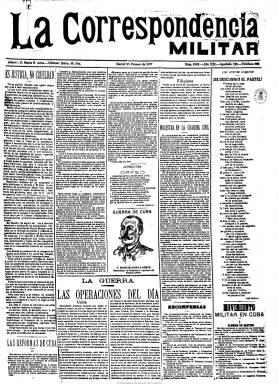
Título: La Correspondencia militar
Colección: Fuerzas armadas || Periódicos
Ámbito geográfico: Madrid
Lugar de publicación: Madrid
Fechas: 25/02/1897-26/03/1932

Se trata de uno de la casi media docena de periódicos con una doble naturaleza, por un lado con un carácter corporativista militar y, por otro, político, que coincidieron durante la Restauración, y que en este caso alcanzará una larga vida y gran influencia en las salas de banderas, hasta su desaparición definitiva en 1932, en plena construcción de la II República española, pero carente ya su título del adjetivo militar. A partir del uno de noviembre de 1877, aparece en días alternos como periódico de la tarde de noticias generales del Ejército y la Armada. Su fundador y primer director es Emilio Prieto y Villarreal (1840-1911), comandante de Caballería afín al Partido Republicano Progresista, que tuvo que abandonar el ejército tras su participación en la sublevación de los generales Villacampa y Melero inspirada por el líder republicano Manuel Zorrilla el 19 de septiembre de 1886.

En números de cuatro páginas y compuesto a cinco columnas, con una estructura formal similar a los periódicos de información general de la época, a finales 1887 adopta ya una frecuencia diaria. Inserta abundantes artículos de fondo, apuntes y notas políticas, crónicas parlamentarias, disposiciones oficiales, información sobre el movimiento del personal de los cuerpos militares, noticias generales de España y del extranjero; dará cuenta de la programación de espectáculos e información de teatros (y más tarde, también de deportes), breves sobre literatura, cotizaciones de bolsa, el clásico folletín de la prensa decimonónica y en su última plana, anuncios comerciales. Asimismo, en su longeva existencia, prestará atención a los conflictos internacionales y especialmente en los que España estará involucrada, como las guerras coloniales de fin de siglo en sus posesiones de ultramar o en las africanas del primer tercio del siglo veinte, adoptando siempre un ideario belicista. Insertará también algunos grabados, como retratos, mapas y croquis y, más tarde, fotografías.

En 1888 La correspondencia militar propugnará doctrinalmente la creación de un “partido militar”; en 1891 llegará a pedir la intervención del ejército en la defensa de lo que consideraba “intereses sagrados de la patria”, y dos años después incidirá en la creación de un “partido nacional” que descansara en el ejército, llegando a conmemorar anualmente el golpe del general Pavía de 1874, manteniendo así el espíritu del pronunciamiento militar y secular español.

También, desde finales de 1888 había recaído sobre los miembros de las instituciones militares la prohibición de fundar o dirigir periódicos o de ser redactores de los de carácter político, aspecto que contrastará con la presencia de militares de alta graduación en los cuerpos legislativos o en cargos ministeriales. Ello tampoco fue óbice para que continuaran publicándose este tipo de publicaciones y que militares intervinieran directamente en su edición, a veces con sus propios nombres, otras utilizando seudónimos o en la sombra.

Durante todo el año 1896 publica el suplemento Militares y paisanos, que aparecía cada domingo, con un carácter ilustrado y festivo de ocho páginas, cuya cabecera también forma parte de esta Hemeroteca Digital de la Biblioteca Nacional de España. A principios del siglo veinte era ya director de La correspondencia militar Evaristo Romero y Correa, y redactor jefe, Jaime Montero, siendo sustituido éste por Clodoaldo Piñal, que utilizará el seudónimo Telmo Guerra en las páginas del diario. Pero su inspirador y director en la sombra será el comandante de Caballería Julio Amado, que aparecerá, sin embargo, como gerente.

Tal como señalan Seoane y Saiz, aunque genéricamente se propugnaba como antipartidista, La correspondencia militar influirá de forma decisiva como periódico de “opinión militar” en las políticas gubernamentales, especialmente en las de los ministerios de Guerra y Marina. Tampoco dejará de inclinarse por una u otra opción política en el sistema de turno de partidos, y durante la última década del siglo y primeros años de la nueva centuria, el diario, que ya había virado hacia un posicionamiento político moderado, sintonizará con el Partido Conservador y sus principales líderes, Antonio Cánovas del Castillo y Francisco Sivela, y aunque en 1903 será antimaurista y muestre su animadversión hacia el liberal Eugenio Montero Ríos, llegará a aplaudir, sin embargo, el anticlericalismo de un Canalejas.

Fue firme defensor de la Ley de Jurisdicciones, impulsada con el apoyo del rey por Segismundo Moret, como reacción al caso de la revista satírica catalanista Cut-Cut (1902-1912), que supuso un recorte de las libertades de expresión durante su vigencia (1906-1931). Durante la primera guerra mundial (1914-1918), con una tirada que había alcanzado los dieciséis mil ejemplares, será el diario español más abiertamente germanófilo, y a partir de 1917 se convertirá en órgano oficial del movimiento sindical, político y militar conocido como Juntas de Defensa. Ya con una tirada que había descendido de forma considerable, será también el más entusiasta defensor del golpe militar del general Primo de Rivera y el que más lamente la caída de su dictadura (1923-1930). Durante la misma, el diario no se publicará desde el 27 de agosto de 1924 al 16 de mayo de 1925, desconociéndose los motivos de tal suspensión, aunque probablemente lo fueron de carácter económico. Cuando reanuda lo que considera el propio periódico la tercera etapa de su vida, lo hace con la ayuda financiera del banquero Juan March, probablemente a instancias del propio monarca, siendo a partir de entonces propiedad de la Sociedad Anónima de Publicaciones Periódicas, cuyo presidente de su consejo de administración será el general de división Julio Rodríguez Mourelo, y perteneciendo al mismo el marqués de Vega Retortillo (como vicepresidente), el duque de Bivona y Juan Romero Araoz; y como consejero delegado y responsable de la edición del periódico, el ya citado comandante Julio Amado, aunque aparecerá como su director Miguel María Fragoso.

Por dificultades con toda probabilidad económicas, el nueve de noviembre de 1928 absorbe a El ejército español, otro diario que desde el dos de enero de 1888 venía publicándose como “defensor de los intereses militares”, pero desde una posición liberal avanzada, afín al fusionismo sagastino, y con el que había competido en las aspiraciones de erigirse como órgano de opinión política de los intereses militares, habiendo mantenido posiciones corporativas enfrentadas durante el gobierno de Segismundo Moret (1909-1910), cuando La correspondencia militar defiende la promoción por antigüedad contra los ascensos por méritos profesionales. El título absorbido también forma parte de la colección de la Biblioteca Nacional de España.

Cuando sea proclamada la II República española, el diario la combatirá ferozmente, al tiempo que es adquirido por un consorcio que representará los intereses de los militares que deciden pasar a la reserva acogiéndose a una de las primeras medidas reformadoras del ejército emprendidas por Manuel Azaña como ministro de la Guerra, a las que atacará duramente, siendo su nuevo director, Emilio Rodríguez Tarduchy, un teniente coronel retirado y fiel a la dictadura primoriverista y a la monarquía. Acusado el periódico de embuchar hojas sediciosas en los ejemplares que enviaba a las posesiones españolas en el norte de África, es multado y suspendido desde el 23 de septiembre de 1931 al 18 de enero de 1932. De nuevo quedará afectado por la ley aprobada por las Cortes en marzo de 1932 que prohibió la existencia de la prensa de carácter político-militar, y el día 26 de ese mismo mes, y después de 56 años de vida, publicó su último número. Tres días después aparecerá en su lugar La correspondencia, sin el adjetivo militar, con nueva secuencia, y con un editorial en su primera página titulado: “Somos los mismos con las mismas ideas”. Este título también forma parte de la Hemeroteca Digital de la BNE.